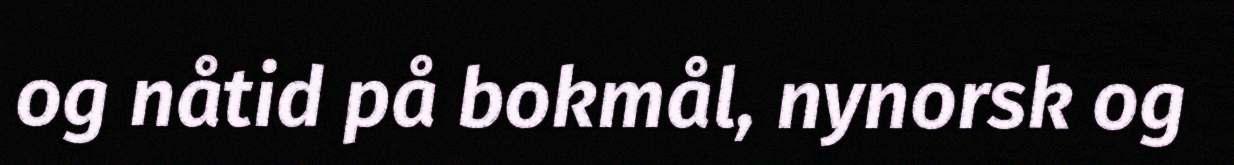
og nåtid på bokmål, nynorsk og